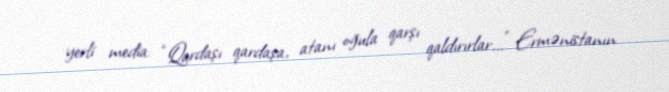
yerli media: “Qardaşı qardaşa, atanı oğula qarşı qaldırırlar...” Ermənistanın